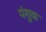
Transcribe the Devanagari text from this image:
पंशुक